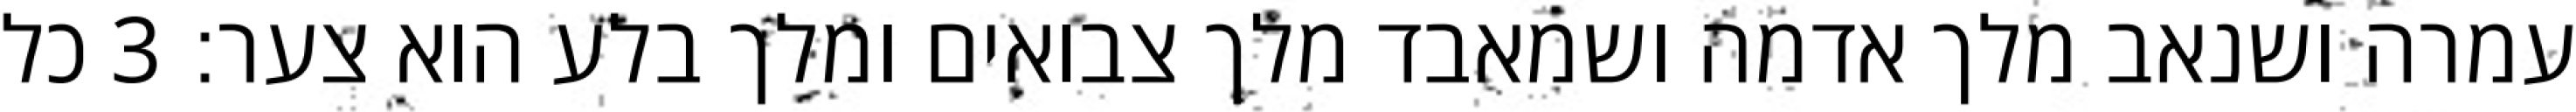
עמרה ושנאב מלך אדמה ושמאבד מלך צבואים ומלך בלע הוא צער׃ ‎3‏ כל